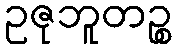
ဥဇုဘူတဉ္စ